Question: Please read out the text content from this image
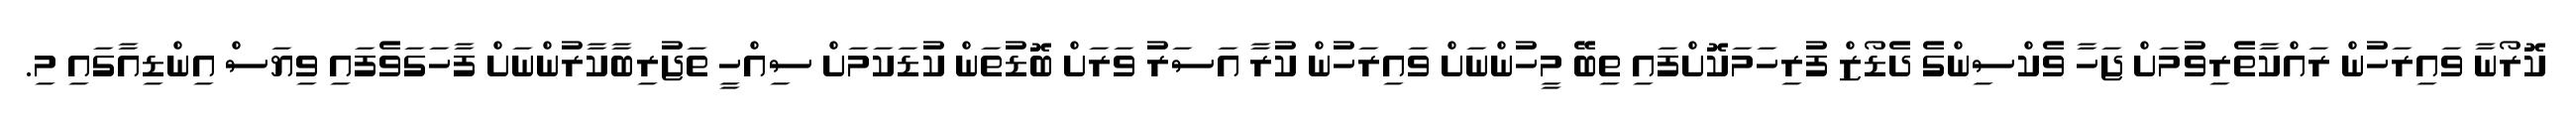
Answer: ކޮރޯނާ ވައިރަހުން ރައްކާތެރިވުމަށް ޖަހާ ވެކްސިންގެ ދެޑޯޒް ފުރިހަމަކޮށްފައި ތިބޭ މީހުންނަށް ވައިރަހުން ކުރާ އަސަރު ވަރަށް ބޮޑުތަން ކުޑަކަމަށް ސިއްހީ ތަޖުރިބާކާރުންނަށް ފާހަގަވެފައި ވިޔަސް އިންޑިއާގައި މި.